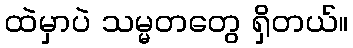
ထဲမှာပဲ သမ္မတတွေ ရှိတယ်။